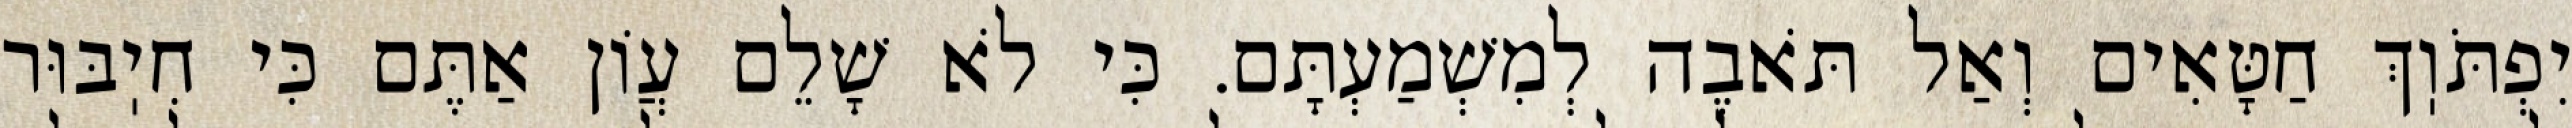
יִפְתֹּוֽךְ חַטָּאִים וְאַל תֹּאבֶה לְמִשְׁמַעְתָּם. כִּי לֹא שָׁלֵם עֲוֹן אַתֶּם כִּי חִיֽבּוּר